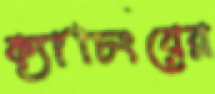
ক্যাচিংয়ের